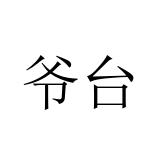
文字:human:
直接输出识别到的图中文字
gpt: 爷台